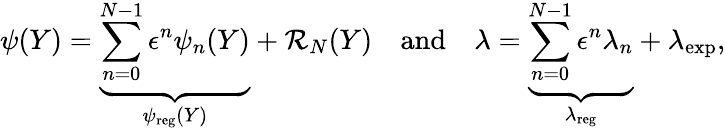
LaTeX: \psi(Y)=\underbrace{\sum_{n=0}^{N-1}\epsilon^{n}\psi_{n}(Y)}_{\psi_{\mathrm{reg}}(Y)}+\mathcal{R}_{N}(Y)\quad\mathrm{and}\quad\lambda=\underbrace{\sum_{n=0}^{N-1}\epsilon^{n}\lambda_{n}}_{\lambda_{\mathrm{reg}}}+\lambda_{\mathrm{exp}},